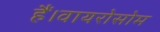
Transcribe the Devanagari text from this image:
हैं।वायरोसोम